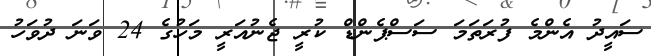
ސައީދު އެންމެ ފުރަތަމަ ސަސްޕެންޑް ކުރީ ޖެނުއަރީ މަހުގެ 24 ވަނަ ދުވަހު